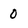
Character: 0